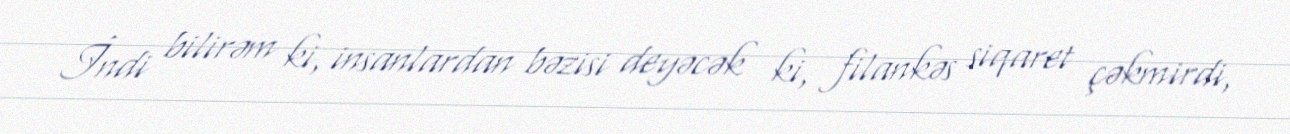
İndi bilirəm ki, insanlardan bəzisi deyəcək ki, filankəs siqaret çəkmirdi,